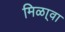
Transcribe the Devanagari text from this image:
मिळा्वा